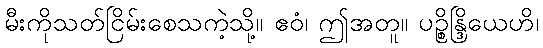
မီးကိုသတ်ငြိမ်းစေသကဲ့သို့။ ဧဝံ၊ ဤအတူ။ ပဉ္စိန္ဒြိယေဟိ၊